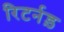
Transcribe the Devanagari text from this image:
रिटर्नड़